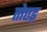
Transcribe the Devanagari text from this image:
तोएइ